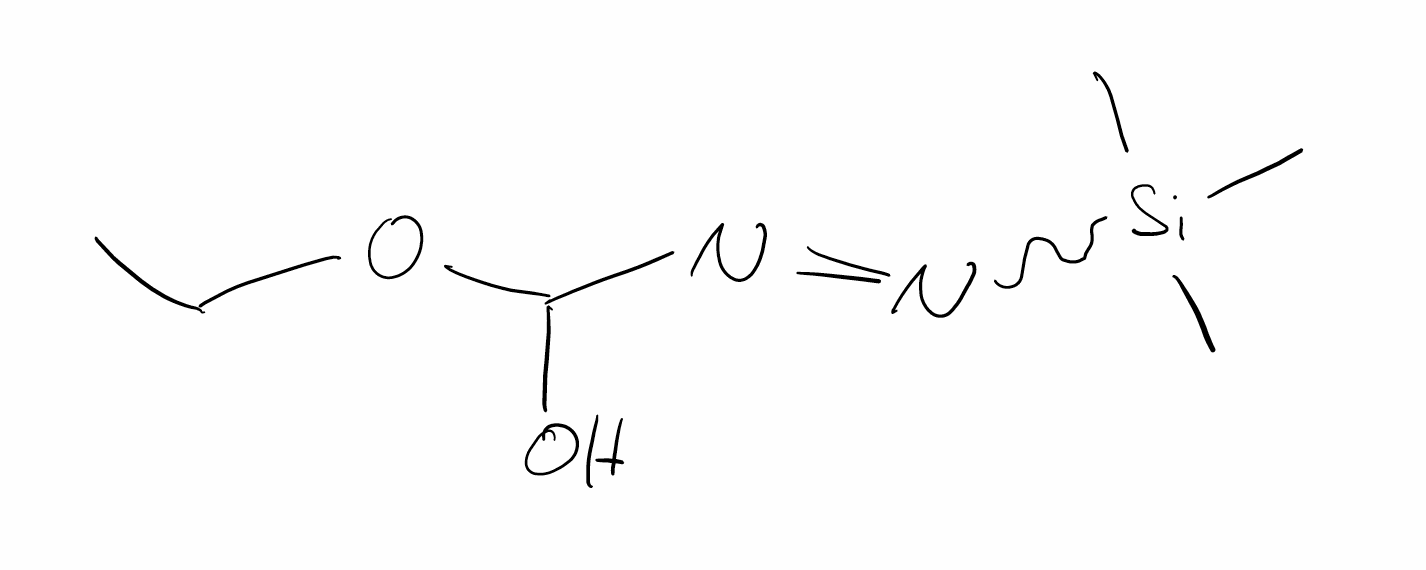
Simplified molecular-input line-entry system (SMILES) notation of the given molecule:
CCOC(N=N[Si](C)(C)C)O